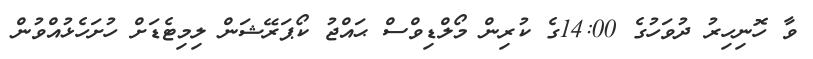
ވާ ހޮނިހިރު ދުވަހުގެ 14:00ގެ ކުރިން މޯލްޑިވްސް ޙައްޖު ކޯޕަރޭޝަން ލިމިޓެޑަށް ހުށަހެޅުއްވުން